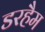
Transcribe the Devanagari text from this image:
डरहैम